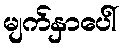
မျက်နှာပေါ်